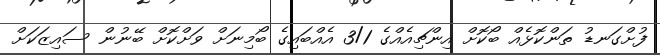
ފުށްގަނޑު ތަންކޮޅެއް ބޯކޮށް އިންޗިއެއްގެ 3/1 އެއްބައިގެ ބޯމިނަށް ވަށްކޮށް ބޭނުން ސައިޒަކަށް